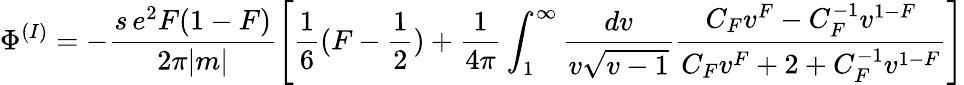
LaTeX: {\Phi}^{(I)}=-\frac{s\, e^{2}F(1-F)}{2\pi|m|}\left[\frac{1}{6}(F-\frac{1}{2})+\frac{1}{4\pi}\int_{1}^{\infty}\frac{dv}{v{\sqrt{v-1}}}\frac{C_{F}v^{F}-C_{F}^{-1}v^{1-F}}{C_{F}v^{F}+2+C_{F}^{-1}v^{1-F}}\right]